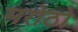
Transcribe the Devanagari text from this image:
मरोठो